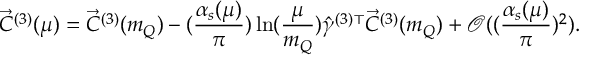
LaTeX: \vec { C } ^ { ( 3 ) } ( \mu ) = \vec { C } ^ { ( 3 ) } ( m _ { Q } ) - ( \frac { \alpha _ { s } ( \mu ) } { \pi } ) \ln ( \frac { \mu } { m _ { Q } } ) \hat { \gamma } ^ { ( 3 ) \top } \vec { C } ^ { ( 3 ) } ( m _ { Q } ) + \mathcal O ( ( \frac { \alpha _ { s } ( \mu ) } { \pi } ) ^ { 2 } ) .